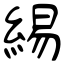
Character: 緆